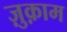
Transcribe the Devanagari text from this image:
ज़ुक़ाम